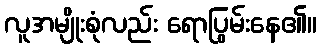
လူအမျိုးစုံလည်း ရောပြွမ်းနေ၏။